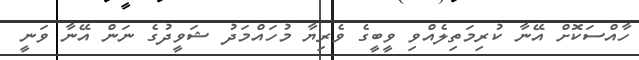
ހާއްސަކޮށް އޭނާ ކުރިމަތިލެއްވި ވީބީގެ ވެރިޔާ މުހައްމަދު ޝަވީދުގެ ނަން އޭނާ ވަނީ